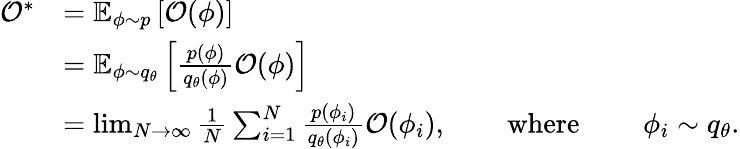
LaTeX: \begin{array}{rlrlrl}{\mathcal{O}^{*}}&{=\mathbb{E}_{\phi\sim p}\left[\mathcal{O}(\phi)\right]}\\ &{=\mathbb{E}_{\phi\sim{q}_{\theta}}\left[\frac{p(\phi)}{{q}_{\theta}(\phi)}\mathcal{O}(\phi)\right]}\\ &{=\operatorname*{lim}_{N\to\infty}\frac{1}{N}\sum_{i=1}^{N}\frac{p(\phi_{i})}{{q}_{\theta}(\phi_{i})}\mathcal{O}(\phi_{i}),}&&{\mathrm{~where~}}&&{\phi_{i}\sim{q}_{\theta}.}\end{array}